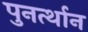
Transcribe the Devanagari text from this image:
पुनर्त्थान